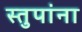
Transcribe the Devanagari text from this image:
स्तुपांना